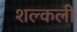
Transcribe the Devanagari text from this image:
शल्कली